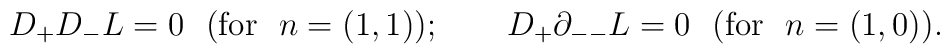
D_+D_-L=0~~({\rm for}~~n=(1,1)); \qquad D_+\partial_{--}L=0{}~~({\rm for}~~n=(1,0)).